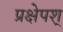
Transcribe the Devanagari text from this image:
प्रक्षेपश्